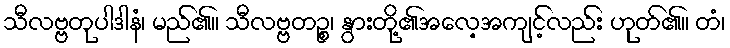
သီလဗ္ဗတုပါဒါနံ၊ မည်၏။ သီလဗ္ဗတဉ္စ၊ နွားတို့၏အလေ့အကျင့်လည်း ဟုတ်၏။ တံ၊